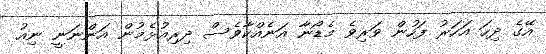
އޭގެ ދިހަ އަހަރު ފަހުން ވަރިވެ މެޑޯނާ އަނެއްކާވެސް ދިރިއުޅެމުން އަންނަނީ ނިއު